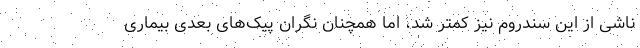
ناشی از این سندروم نیز کمتر شد، اما همچنان نگران پیک‌های بعدی بیماری